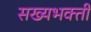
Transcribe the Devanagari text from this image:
सख्यभक्ती